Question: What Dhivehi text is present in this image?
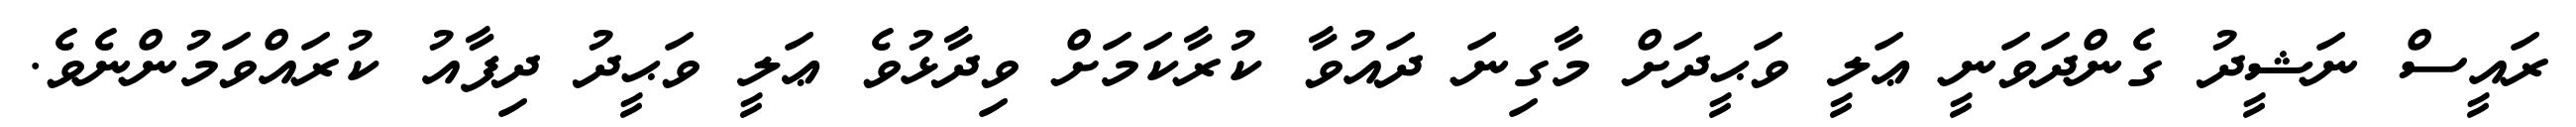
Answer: ރައީސް ނަޝީދު ގެންދަވަނީ ޢަލީ ވަޙީދަށް މާގިނަ ދައުވާ ކުރާކަމަށް ވިދާޅުވެ ޢަލީ ވަޙީދު ދިފާއު ކުރައްވަމުންނެވެ.